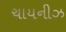
ચાયનીઝ